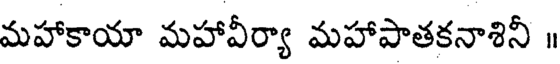
మహాకాయా మహావీర్యా మహాపాతకనాశినీ ॥